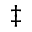
\ddagger